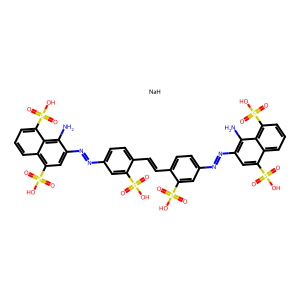
SMILES: Nc1c(N=Nc2ccc(C=Cc3ccc(N=Nc4cc(S(=O)(=O)O)c5cccc(S(=O)(=O)O)c5c4N)cc3S(=O)(=O)O)c(S(=O)(=O)O)c2)cc(S(=O)(=O)O)c2cccc(S(=O)(=O)O)c12.[NaH]
Inhibits HIV replication: Yes